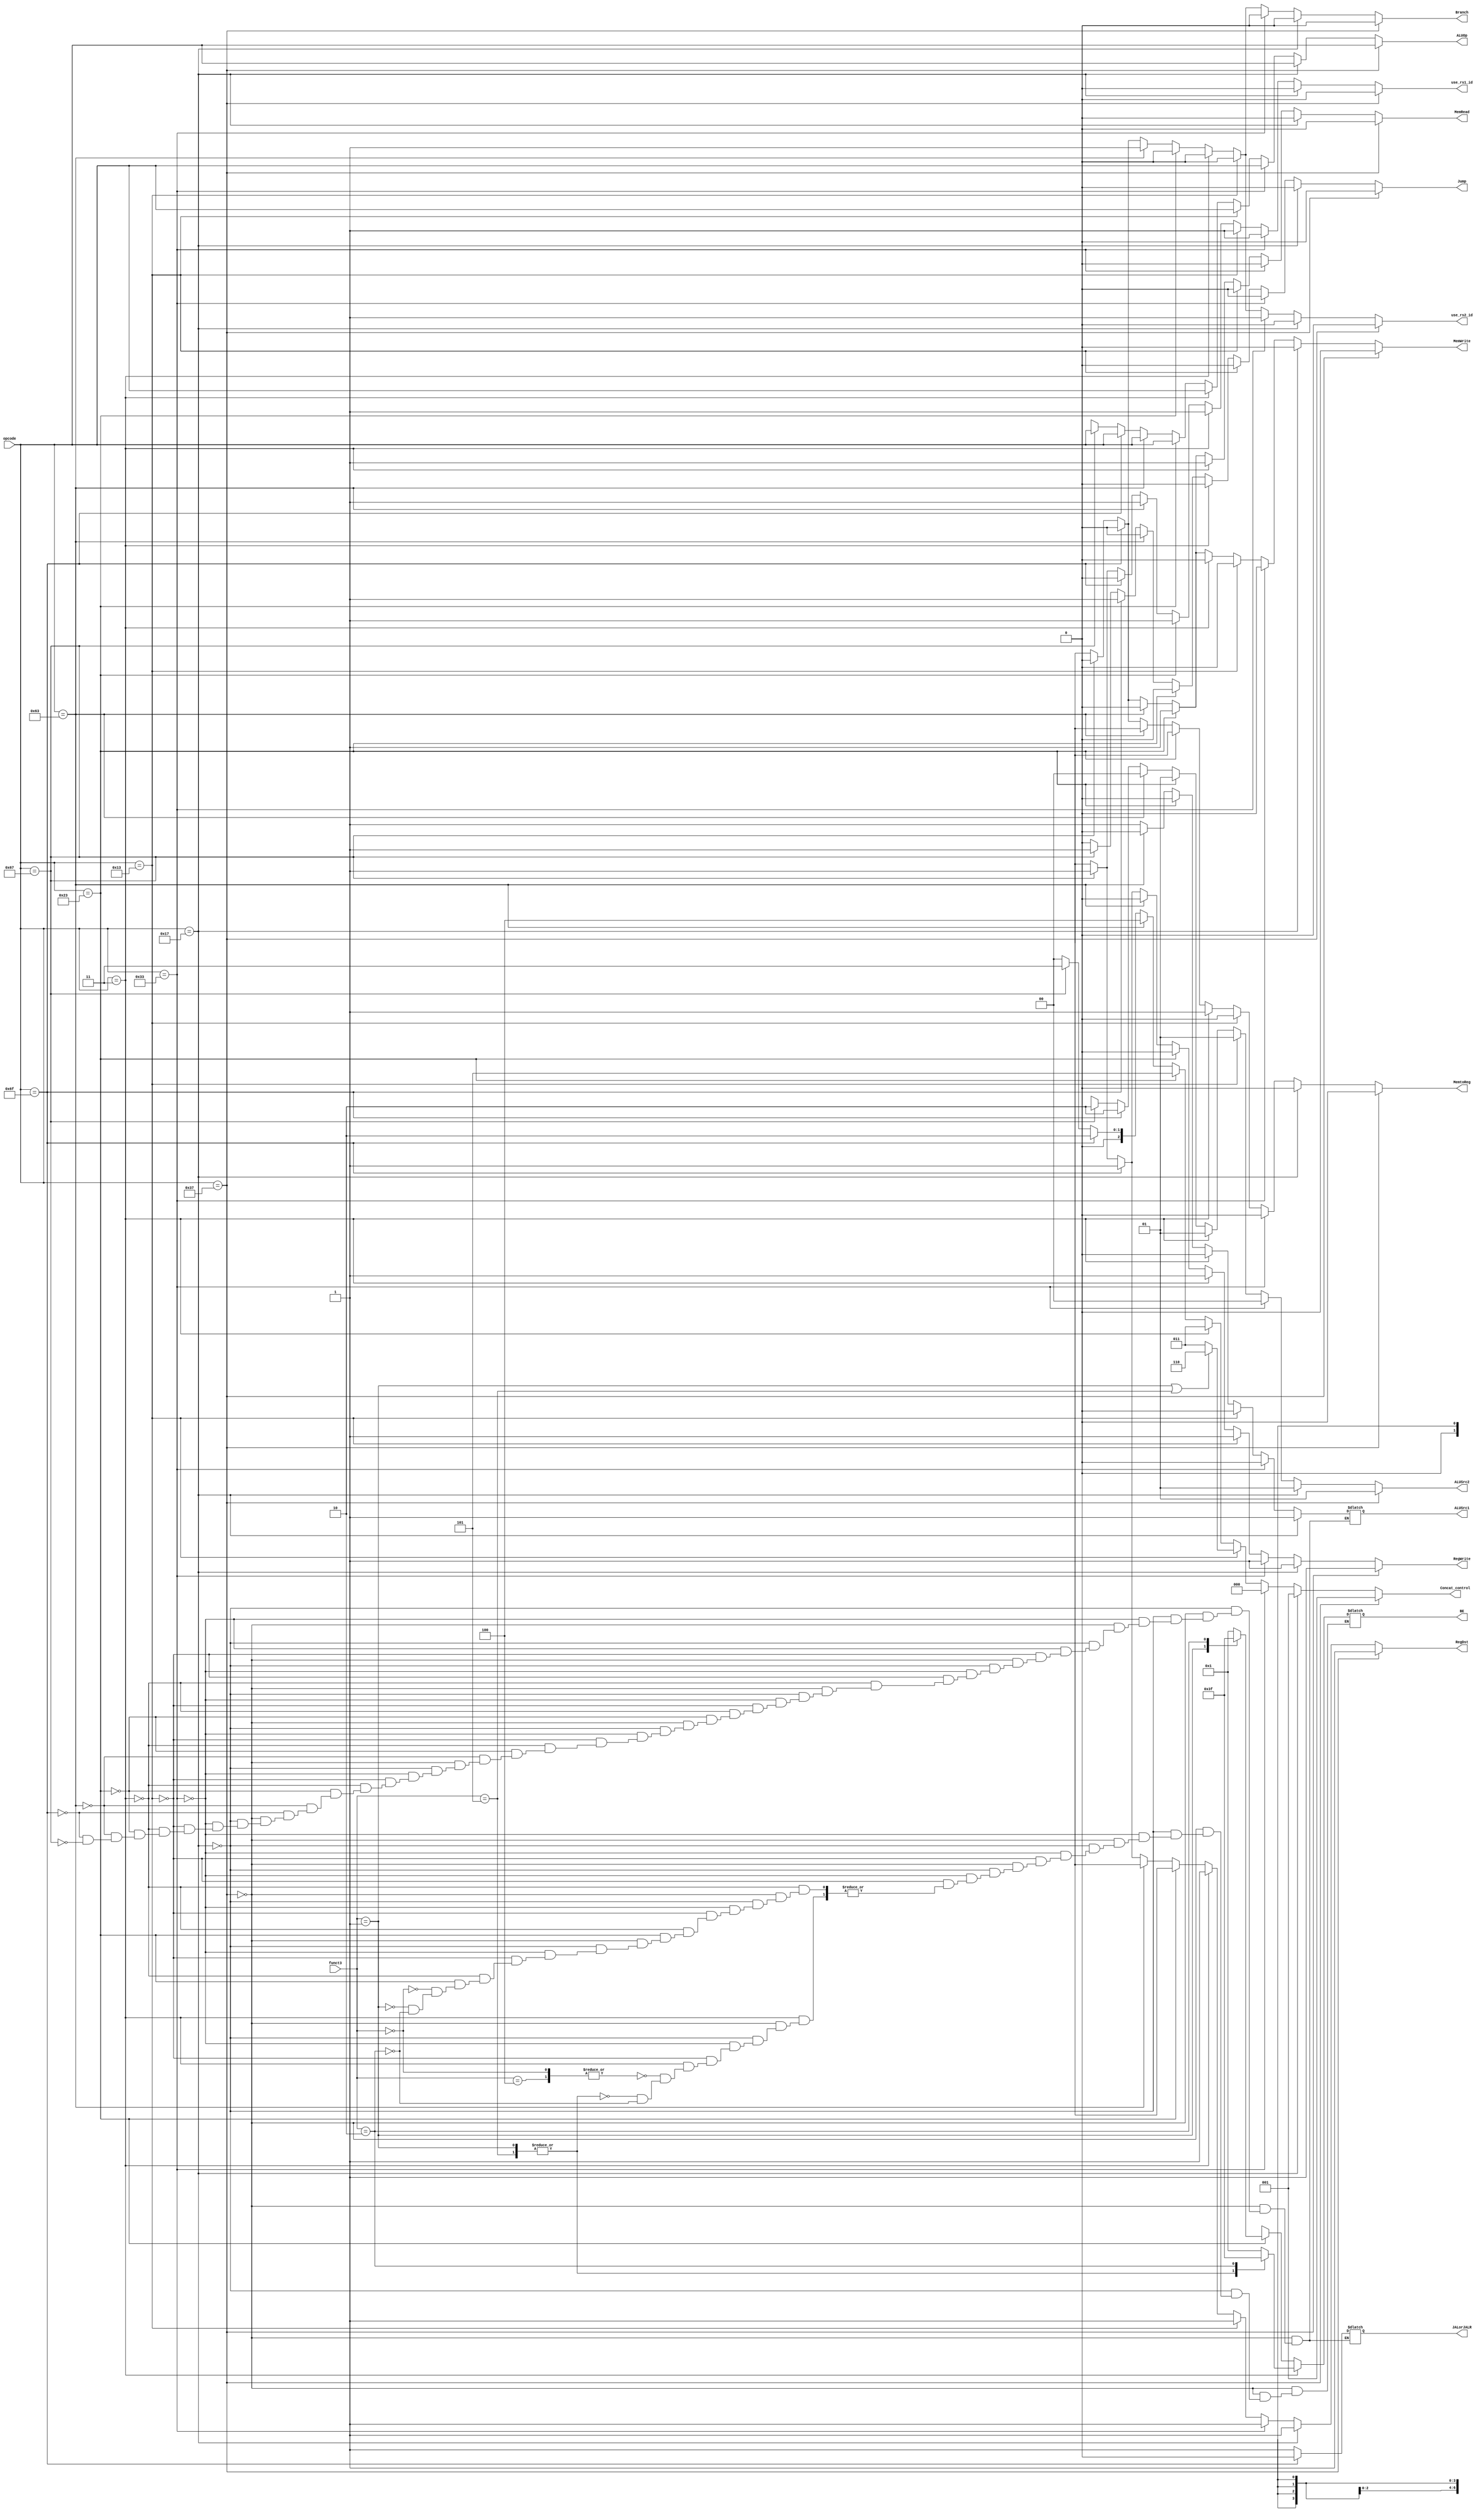
module Control (
	input wire [6:0] opcode,
	input wire [2:0] funct3,

	output reg RegDst,
	output reg Jump,
	output reg Branch,
	output reg MemRead,
	output reg MemtoReg,
	output reg [6:0] ALUOp,
	output reg MemWrite,
	output reg ALUSrc1,
	output reg [1:0] ALUSrc2,
	output reg RegWrite,
	output reg JALorJALR,
	output reg [3:0] BE,
	output reg [2:0] Concat_control,
	output reg use_rs1_id,
	output reg use_rs2_id
	);

	always @(*) begin
		if (opcode == 7'b0110111) begin // isLUI
			RegDst=1;
			Jump=0;
			Branch=0;
			MemRead=0;
			MemtoReg=0;
			ALUOp=opcode;
			MemWrite=0;
			ALUSrc1=1'bx;
			ALUSrc2=2'b01;
			RegWrite=1;
			JALorJALR=1'bx;
			BE=4'bxxxx;
			Concat_control=3'b001;
			use_rs1_id = 0;
			use_rs2_id = 0;
		end
		else if (opcode == 7'b0010111) begin // isAUIPC
			RegDst=1;
			Jump=0;
			Branch=0;
			MemRead=0;
			MemtoReg=0;
			ALUOp=opcode;
			MemWrite=0;
			ALUSrc1=1;
			ALUSrc2=2'b01;
			RegWrite=1;
			JALorJALR=1'bx;
			BE=4'bxxxx;
			Concat_control=3'b001;
			use_rs1_id = 0;
			use_rs2_id = 0;
		end
		else if (opcode == 7'b0110011) begin // isRtype
			RegDst=1;
			Jump=0;
			Branch=0;
			MemRead=0;
			MemtoReg=0;
			ALUOp=opcode;
			MemWrite=0;
			ALUSrc1=0;
			ALUSrc2=2'b00;
			RegWrite=1;
			JALorJALR=1'bx;
			BE=4'bxxxx;
			Concat_control=3'b000;
			use_rs1_id = 1;
			use_rs2_id = 1;
		end
		else if (opcode == 7'b0010011) begin // isItype
			RegDst=1;
			Jump=0;
			Branch=0;
			MemRead=0;
			MemtoReg=0;
			ALUOp=opcode;
			MemWrite=0;
			ALUSrc1=0;
			ALUSrc2=2'b01;
			RegWrite=1;
			JALorJALR=1'bx;
			BE=4'bxxxx;
			if(funct3 == 3'b001 || funct3 == 3'b101) Concat_control=3'b110; // SLLI or SRLI or SRAI
			else Concat_control=3'b011;
			use_rs1_id = 1;
			use_rs2_id = 0;
		end
		else if (opcode == 7'b0000011) begin // isLW
			RegDst=1;
			Jump=0;
			Branch=0;
			MemRead=1;
			MemtoReg=1;
			ALUOp=opcode;
			MemWrite=0;
			ALUSrc1=0;
			ALUSrc2=2'b01;
			RegWrite=1;
			JALorJALR=1'bx;
			case (funct3)
				3'b000, 3'b100: BE=4'b0001; // LB or LBU
				3'b001, 3'b101: BE=4'b0011; // LH or LHU
				3'b010: BE=4'b1111; // LW
				default: ; 
			endcase
			Concat_control=3'b011;
			use_rs1_id = 1;
			use_rs2_id = 0;
		end
		else if (opcode == 7'b0100011) begin // isSW
			RegDst=1'bx; // don't care
			Jump=0;
			Branch=0;
			MemRead=1;
			MemtoReg=1'bx;
			ALUOp=opcode;
			MemWrite=1;
			ALUSrc1=0;
			ALUSrc2=2'b01;
			RegWrite=0;
			JALorJALR=1'bx;
			case (funct3)
				3'b000: BE=4'b0001; // SB
				3'b001: BE=4'b0011; // SH
				3'b010: BE=4'b1111; // SW
				default: ; 
			endcase
			Concat_control=3'b101;
			use_rs1_id = 1;
			use_rs2_id = 0;
		end
		else if (opcode == 7'b1100011) begin // isBranch
			RegDst=1'bx;
			Jump=0;
			Branch=1;
			MemRead=0;
			MemtoReg=1'bx;
			ALUOp=opcode;
			MemWrite=0;
			ALUSrc1=0;
			ALUSrc2=2'b00;
			RegWrite=0;
			JALorJALR=1'bx;
			BE=4'bxxxx;
			Concat_control=3'b100;
			use_rs1_id = 1;
			use_rs2_id = 1;
		end
		else if (opcode == 7'b1101111) begin // isJAL
			RegDst=1;
			Jump=1;
			Branch=0;
			MemRead=0;
			MemtoReg=1'b0;
			ALUOp=opcode;
			MemWrite=0;
			ALUSrc1=1;
			ALUSrc2=2'b10;
			RegWrite=1;
			JALorJALR=0;
			BE=4'bxxxx;
			Concat_control=3'b010;
			use_rs1_id = 0;
			use_rs2_id = 0;
		end
		else if (opcode == 7'b1100111) begin // isJALR
			RegDst=1;
			Jump=1;
			Branch=0;
			MemRead=0;
			MemtoReg=1'b0;
			ALUOp=opcode;
			MemWrite=0;
			ALUSrc1=1;
			ALUSrc2=2'b10;
			RegWrite=1;
			JALorJALR=1;
			BE=4'bxxxx;
			Concat_control=3'b011;
			use_rs1_id = 1;
			use_rs2_id = 0;
		end
		else begin // when opcode does not belong to any case
			RegDst=1'bx;
			Jump=1'b0;
			Branch=1'bx;
			MemRead=1'bx;
			MemtoReg=1'bx;
			ALUOp=7'bxxxxxxx;
			MemWrite=1'bx;
			ALUSrc2=1'bxx;
			RegWrite=1'bx;
			BE=4'bxxxx;
			Concat_control=3'b000;
			use_rs1_id = 1'bx;
			use_rs2_id = 1'bx;
		end
	end
endmodule